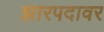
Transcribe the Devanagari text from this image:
झारपदावर